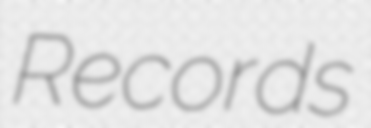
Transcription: Records